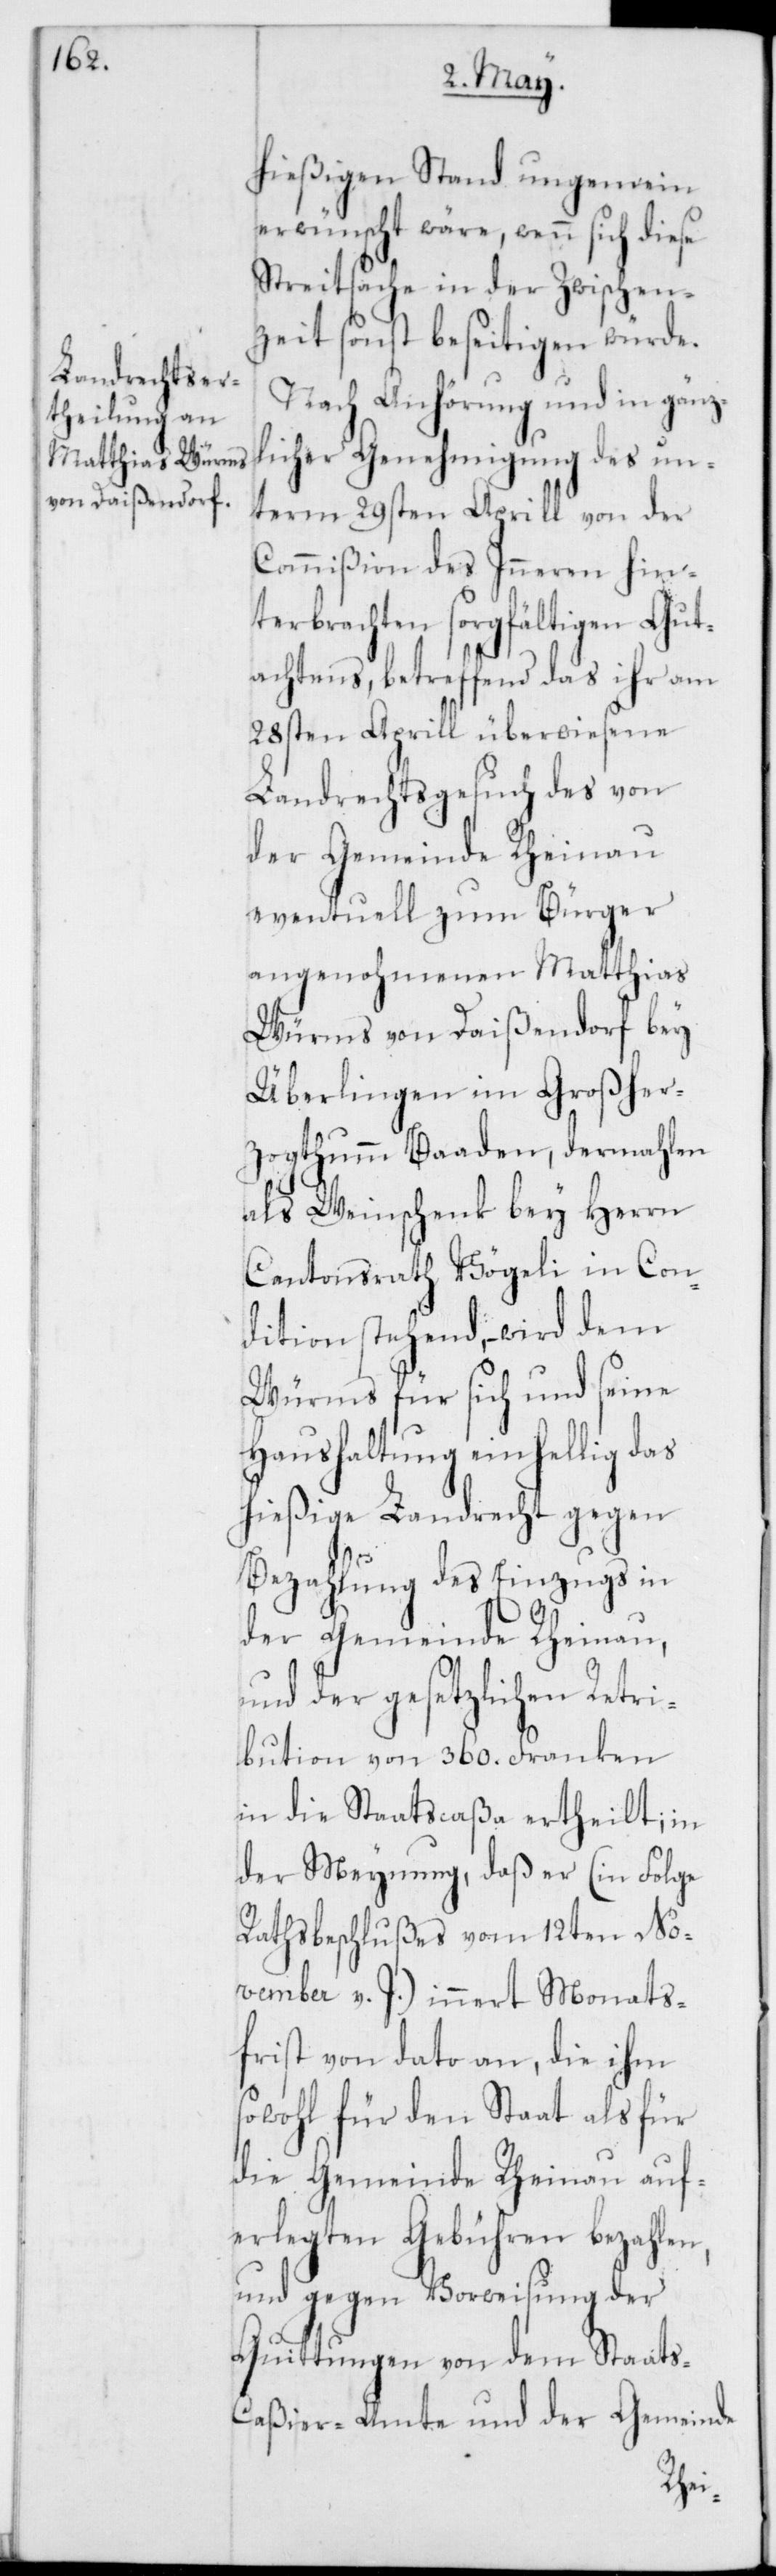
hießigen Stand ungemein
erwünscht wäre, wenn sich diese
Streitsache in der Zwischen¬
zeit sonst beseitigen würde.
Nach Anhörung und in gänz¬
licher Genehmigung des un¬
term 29sten Aprill von der
Commißion des Inneren hin¬
terbrachten sorgfältigen Gut¬
achtens, betreffend das ihr am
28sten Aprill überwiesene
Landrechtsgesuch des von
der Gemeinde Rheinau
eventuell zum Bürger
angenohmenen Matthias
Würms von Daißendorf bey
Überlingen im Großher¬
zogthumm Baaden, dermahlen
als Weinschenk bey Herrn
Cantonsrath Vögeli in Con¬
dition stehend, – wird dem
Würms für sich und seine
Haushaltung einhellig das
hießige Landrecht gegen
Bezahlung des Einzugs in
der Gemeinde Rheinau,
und der gesetzlichen Retri¬
bution von 360. Franken
in die Staatscaßa ertheilt; in
der Meynung, daß er (in Folge
Rathsbeschlußes vom 12ten No¬
vember v. J.) innert Monats¬
frist von dato an, die ihm
sowohl für den Staat als für
die Gemeinde Rheinau auf¬
erlegten Gebühren bezahlen,
und gegen Vorweisung der
Quittungen von dem Staat¬
s-Caßier-Amte und der Gemeinde